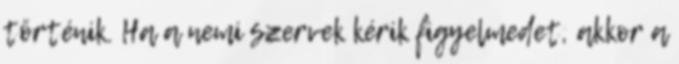
történik. Ha a nemi szervek kérik figyelmedet, akkor a